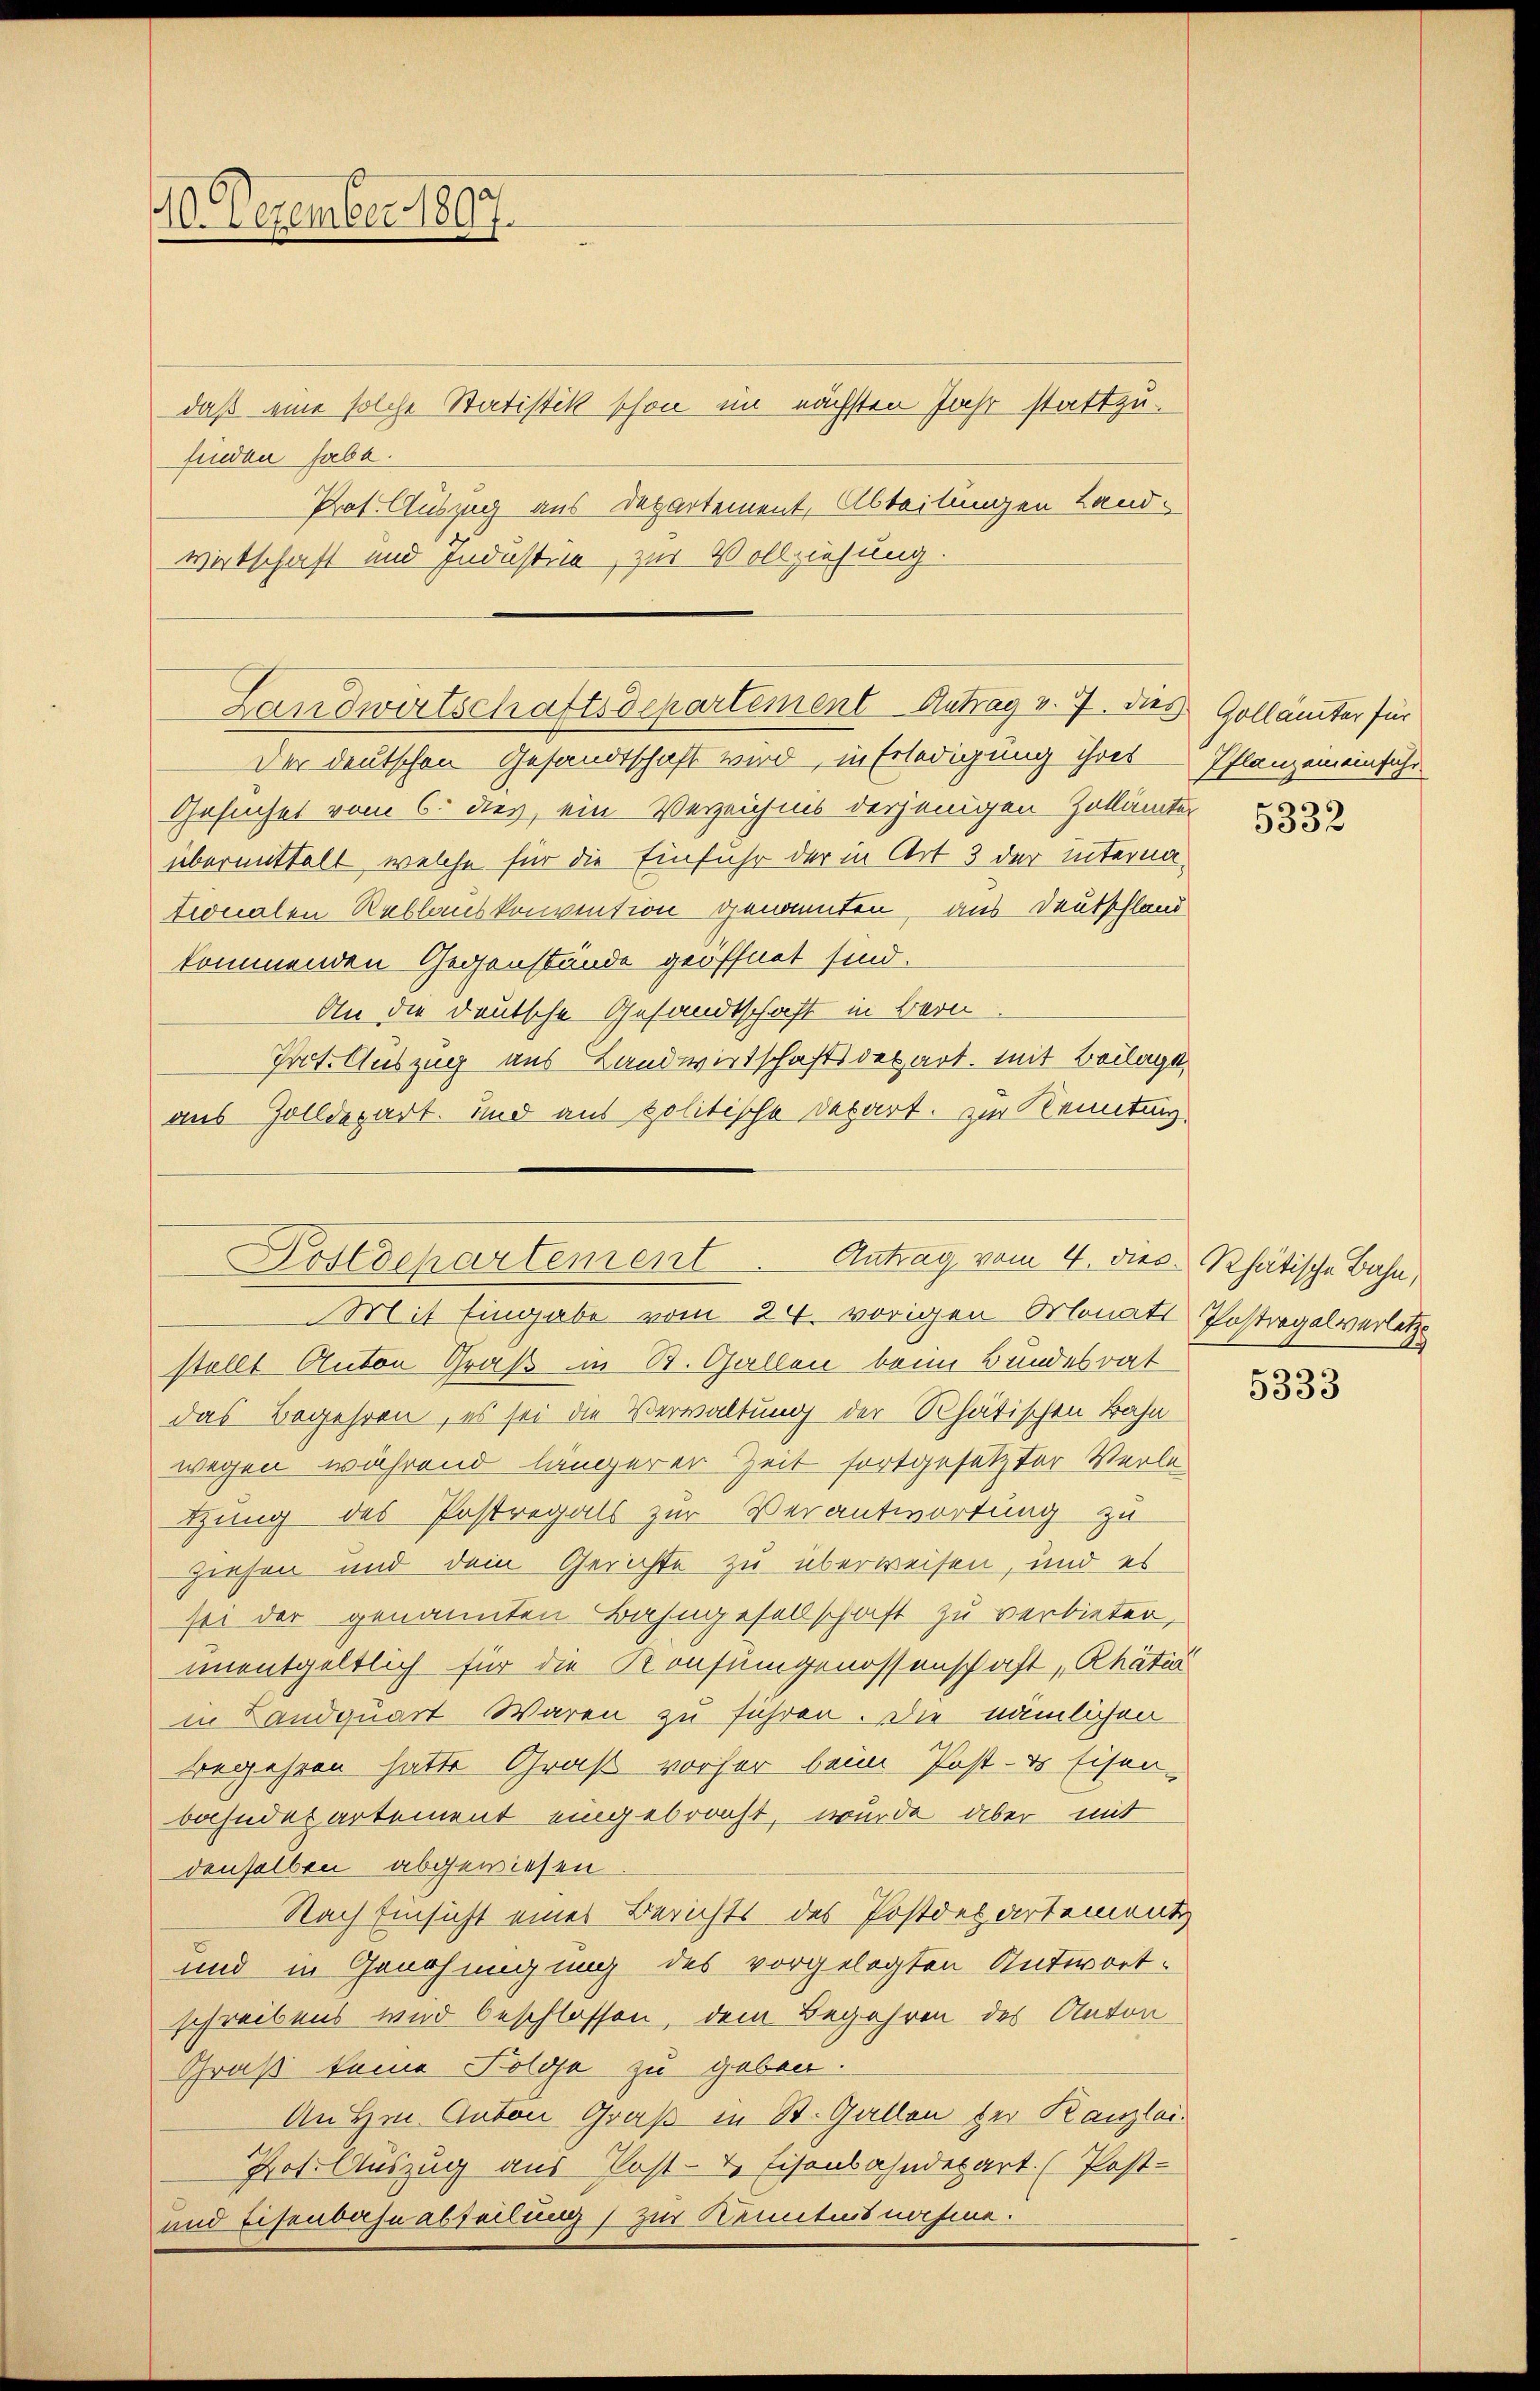
40. Dezember 1897.

daß eine solche Statistik schon im nächsten Jahr stattzufinden habe.
Prot. Auszug aus Departement, Abteilungen Land-
wirtschaft und Industiz, zur Vollziehung.

Landwirtschaftsdepartement Antrag v. 7. dies Gollämter für

Der deutschen Gesandtschaft wird, in Erledigung ihres Pflanzemeinsiche
Gesuches vom 6. dies, ein Verzeichnis derjenigen Zollämter
übermittelt, welche für die Einfuhr der in Art 3 der internationalen Reblauskonvention genannten, aus Deutschland
kommenden Gegenstände geöffnet sind.
An die deutsche Gesandtschaft in Bern
Irot. Auszug aus Landwirtschaftsdepart. Mit Beilage
aus Zolldepart. Und aus politische Depart. zur Kenntung

Postdepartement
Antrag vom 4. dies Rhätische Bahn,
Mit Eingabe vom 24. vorigen Monats Postregalverletz

stellt Anton Groß im R. Gallen beim Bundesrat
das Begehren, es sei die Verwaltung der Rhätischen Bahn
wegen während längerer Zeit fortgesetzter Verletung des Postregals zur Verantwortung zu
Ziehen und dem Gerichte zu überweisen, und es
sei der genannten Bahngesellschaft zu verbieten,
unentgeltlich für die Konsumgenossenschaft „Rhätia
in Landquart Waren zu führen. Die nämlichen
begehren hatte Graf vorher beim Post- & Eisen-
bahndepartement eingebracht, wurde aber mit
denselben abgewiesen
Nach Einsicht eines Berichts des Postdepartement
und in Genehmigung des vorgelegten Antwort.
schreibens wird beschlossen, dem Begehren des Anton¬
Graß keine Folge zu geben.
An Hrn. Anton Graß in St. Gallen der Kanzlei.
Prot. Auszug aus Post- & Eisenbahndepart. (Post-
und Eisenbahnabteilung) zur Kenntnisnahme.

5332

5333